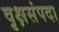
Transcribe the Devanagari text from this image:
वृक्षसंपदा